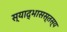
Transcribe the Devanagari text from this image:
स्याद्भासस्तस्य